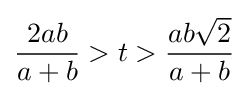
{\frac {2ab}{a+b}}>t>{\frac {ab{\sqrt {2}}}{a+b}}